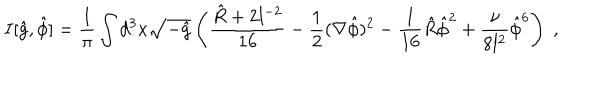
I [ \hat { g } , \hat { \phi } ] = \frac { 1 } { \pi } \int d ^ { 3 } x \sqrt { - \hat { g } } \left( \frac { \hat { R } + 2 l ^ { - 2 } } { 1 6 } - \frac { 1 } { 2 } ( \nabla \hat { \phi } ) ^ { 2 } - \frac { 1 } { 1 6 } \hat { R } \hat { \phi } ^ { 2 } + \frac { \nu } { 8 l ^ { 2 } } \hat { \phi } ^ { 6 } \right) \; ,